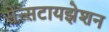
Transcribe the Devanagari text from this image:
सेन्सटायझेशन